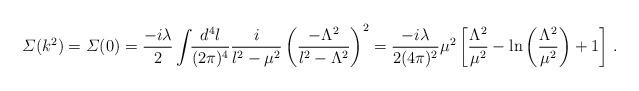
LaTeX: \begin{align*}{\mit \Sigma}(k^{2})={\mit \Sigma}(0)={-i\lambda\over2}\int\!\!{d^{4}l\over(2\pi)^{4}}{i\over l^{2}-\mu^{2}}\left(-\Lambda^{2}\over l^{2}-\Lambda^{2}\right)^{2}={-i\lambda\over2(4\pi)^{2}}\mu^{2}\left[{\Lambda^{2}\over\mu^{2}}-{\rm ln}\left({\Lambda^{2}\over\mu^{2}}\right)+1\right]\,.\end{align*}